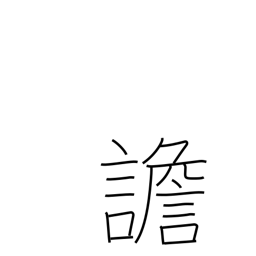
Meaning: delirious talk